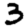
Digit: 3